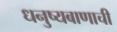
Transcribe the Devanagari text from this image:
धनुष्यबाणाची